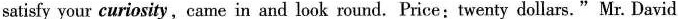
satisfy your curiosity, came in and look round. Price:twenty dollars." Mr. David